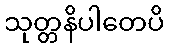
သုတ္တနိပါတေပိ